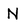
Character: N